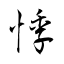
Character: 悸